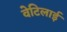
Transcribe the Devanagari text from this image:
वेटिलाई